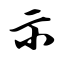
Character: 示